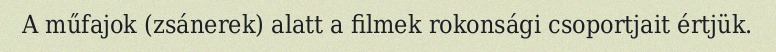
A műfajok (zsánerek) alatt a filmek rokonsági csoportjait értjük.